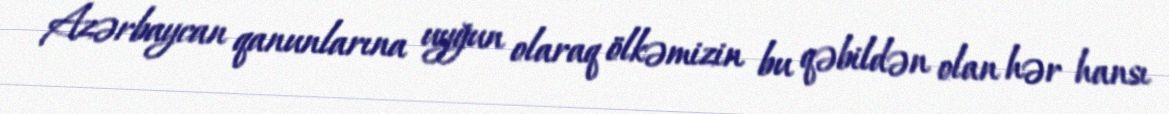
Azərbaycan qanunlarına uyğun olaraq ölkəmizin bu qəbildən olan hər hansı